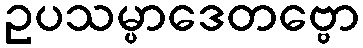
ဥပသမ္ပာဒေတဗ္ဗော